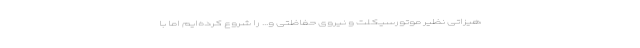
هیزاتی نظیر موتورسیکلت و نیروی حفاظتی و... را شروع کرده‌ایم اما با